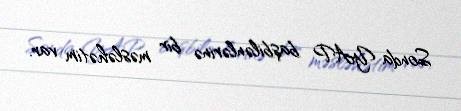
Sonda YAP başbilənlərinə bir məsləhətim var.